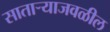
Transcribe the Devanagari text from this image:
साताऱ्याजवळील